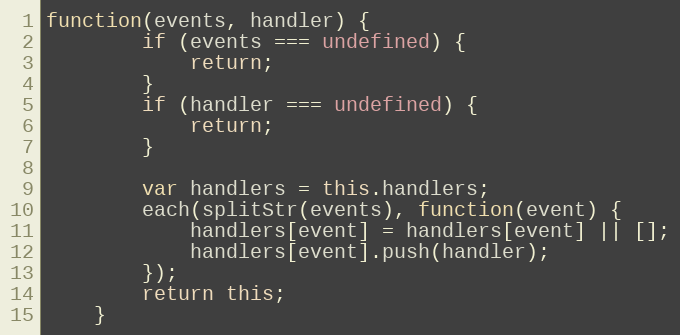
Language: JavaScript
function(events, handler) {
        if (events === undefined) {
            return;
        }
        if (handler === undefined) {
            return;
        }

        var handlers = this.handlers;
        each(splitStr(events), function(event) {
            handlers[event] = handlers[event] || [];
            handlers[event].push(handler);
        });
        return this;
    }